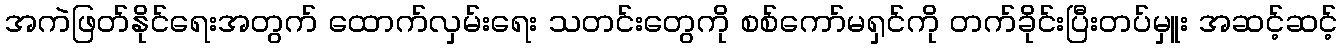
အကဲဖြတ်နိုင်ရေးအတွက် ထောက်လှမ်းရေး သတင်းတွေကို စစ်ကော်မရှင်ကို တက်ခိုင်းပြီးတပ်မှူး အဆင့်ဆင့်